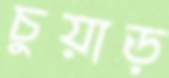
চুয়াড়